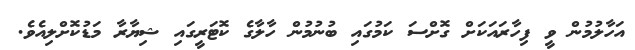
އަހާލުމުން ވީ ފިހާރައަކަށް ގޮށްސަ ކަމުގައި ބުނުމުން ހާލާގެ ކޮޓަރީގައި ޝިޔާރާ މަޑުކޮށްލިއެވެ.